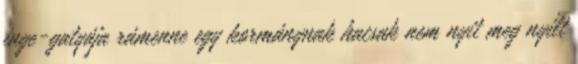
inge-gatyája rámenne egy kormánynak hacsak nem nyit meg nyílt